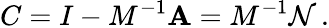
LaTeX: C=I-M^{-1}\mathbf{A}=M^{-1}\mathcal{N}\, .